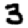
Digit: 3